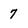
Character: 7